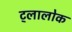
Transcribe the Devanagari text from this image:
ट्लालोक